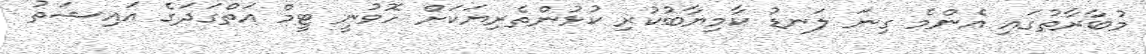
މުބާރާތުގައި އެންމެ ގިނަ ލަނޑު ކާމިޔާބުކުރި ކުޅުންތެރިޔަކަށް ހޮވުނީ ޓީމް އަތްގަދަގެ އައިޝަތު